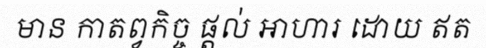
មាន កាតព្វកិច្ច ផ្តល់ អាហារ ដោយ ឥត